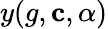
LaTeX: y(g,\mathbf{c},\alpha)